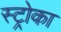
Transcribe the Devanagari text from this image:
स्ट्रोका